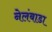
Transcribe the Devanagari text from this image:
नेलंबाडा